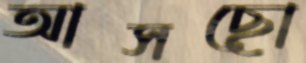
আসছো